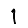
Digit: 1